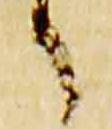
之